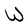
Character: W